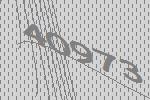
40973